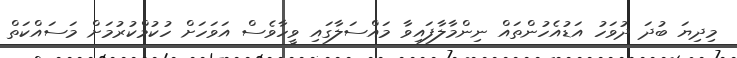
މިދިޔަ ބުދަ ދުވަހު އަޑުއެހުންތައް ނިންމާލާފައިވާ މައްސަލާގައި ވީހާވެސް އަވަހަށް ހުކުމްކުރުމަށް މަސައްކަތް